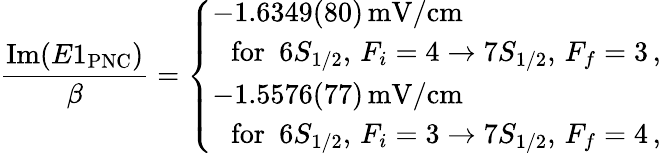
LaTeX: \frac{\mathrm{Im}(E1_{\mathrm{PNC}})}{\beta}=\left\{ \begin{array}{ll}{-1.6349(80)\, \mathrm{mV/cm}}\\ {\, \, \, \, \mathrm{for}\, \, \, 6S_{1/2},\, {F_{i}=4}\rightarrow{7S_{1/2},\, {F_{f}=3}}\, ,}\\ {-1.5576(77)\, \mathrm{mV/cm}}\\ {\, \, \, \, \mathrm{for}\, \, \, 6S_{1/2},\, {F_{i}=3}\rightarrow{7S_{1/2},\, {F_{f}=4}}\, ,}\end{array}\right.